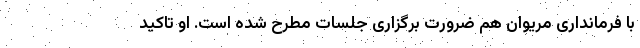
با فرمانداری مریوان هم ضرورت برگزاری جلسات مطرح شده است. او تاکید